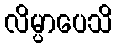
လိမ္ပာပေသိ